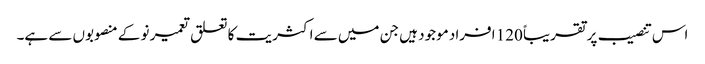
اس تنصیب پر تقریباً 120 افراد موجود ہیں جن میں سے اکثریت کا تعلق تعمیر نو کے منصوبوں سے ہے۔